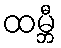
ထမ္ဘီ